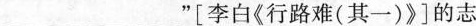
___”[李白《行路难(其一)》]的志